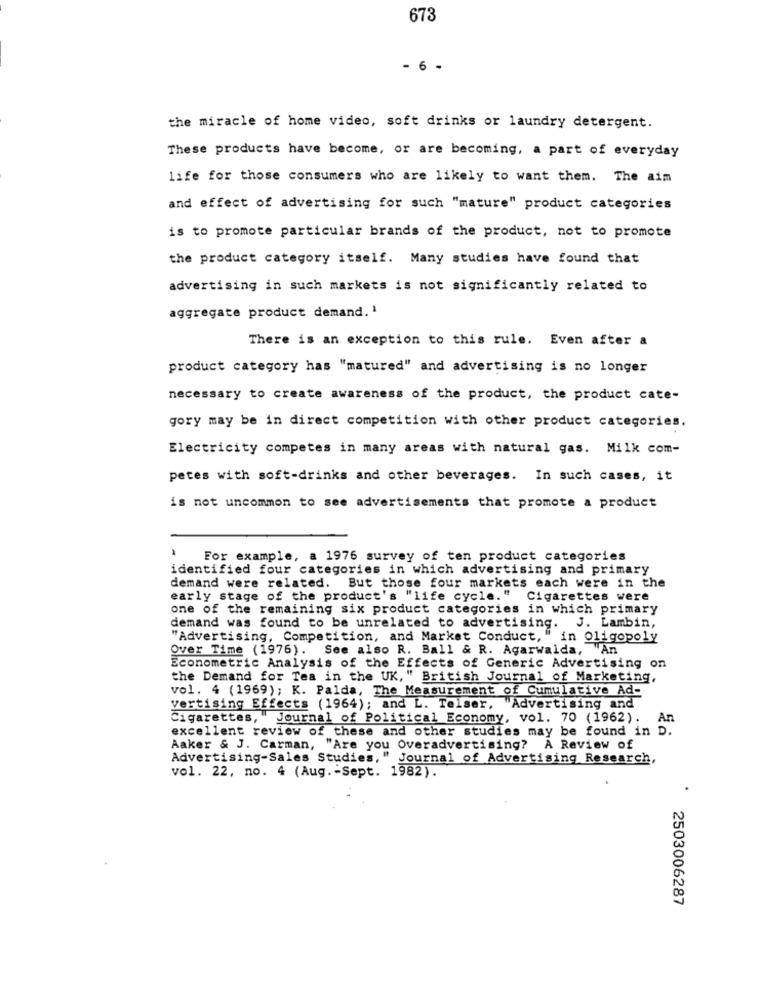
673
- 6 -
the miracle of home video, soft drinks or laundry detergent.
These products have become, or are becoming, a part of everyday
life for those consumers who are likely to want them. The aim
and effect of advertising for such "mature" product categories
is to promote particular brands of the product, not to promote
the product category itself. Many studies have found that
advertising in such markets is not significantly related to
aggregate product demand. 1
There is an exception to this rule. Even after a
product category has "matured" and advertising is no longer
necessary to create awareness of the product, the product cate-
gory may be in direct competition with other product categories.
Electricity competes in many areas with natural gas. Milk com-
petes with soft-drinks and other beverages. In such cases, it
is not uncommon to see advertisements that promote a product
For example, a 1976 survey of ten product categories
identified four categories in which advertising and primary
demand were related. But those four markets each were in the
early stage of the product's "life cycle." Cigarettes were
one of the remaining six product categories in which primary
demand was found to be unrelated to advertising. J. Lambin,
"Advertising, Competition, and Market Conduct," in Oligopoly
Over Time (1976). See also R. Ball & R. Agarwalda, "An
Econometric Analysis of the Effects of Generic Advertising on
the Demand for Tea in the UK, " British Journal of Marketing,
vol. 4 (1969); K. Palda, The Measurement of Cumulative Ad-
vertising Effects (1964); and L. Telser, "Advertising and
Cigarettes, " Journal of Political Economy, vol. 70 (1962).
An
excellent review of these and other studies may be found in D.
Aaker & J. Carman, "Are you Overadvertising? A Review of
Advertising-Sales Studies," Journal of Advertising Research,
vol. 22, no. 4 (Aug .- Sept. 1982).
.
2503006287